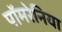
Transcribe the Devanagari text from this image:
पॉमरेनिया